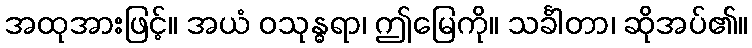
အထုအားဖြင့်။ အယံ ဝသုန္ဓရာ၊ ဤမြေကို။ သင်္ခါတာ၊ ဆိုအပ်၏။